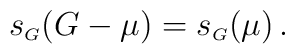
s_{\scriptscriptstyle G} (G-\mu) =  s_{\scriptscriptstyle G} (\mu) \,.